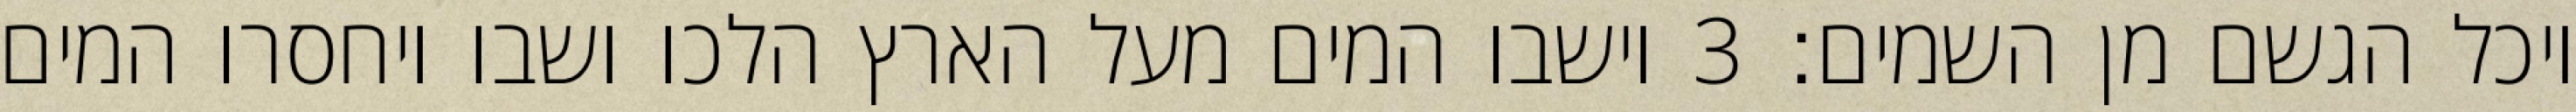
ויכל הגשם מן השמים׃ ‎3‏ וישבו המים מעל הארץ הלכו ושבו ויחסרו המים